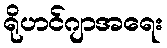
ရိုဟင်ဂျာအရေး